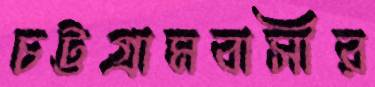
চট্টগ্রামবাসীর